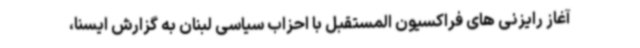
آغاز رایزنی های فراکسیون المستقبل با احزاب سیاسی لبنان به گزارش ایسنا،